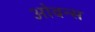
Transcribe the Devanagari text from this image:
ओवन्स